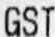
GST